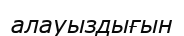
алауыздығын